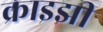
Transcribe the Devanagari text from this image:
क्राइझी